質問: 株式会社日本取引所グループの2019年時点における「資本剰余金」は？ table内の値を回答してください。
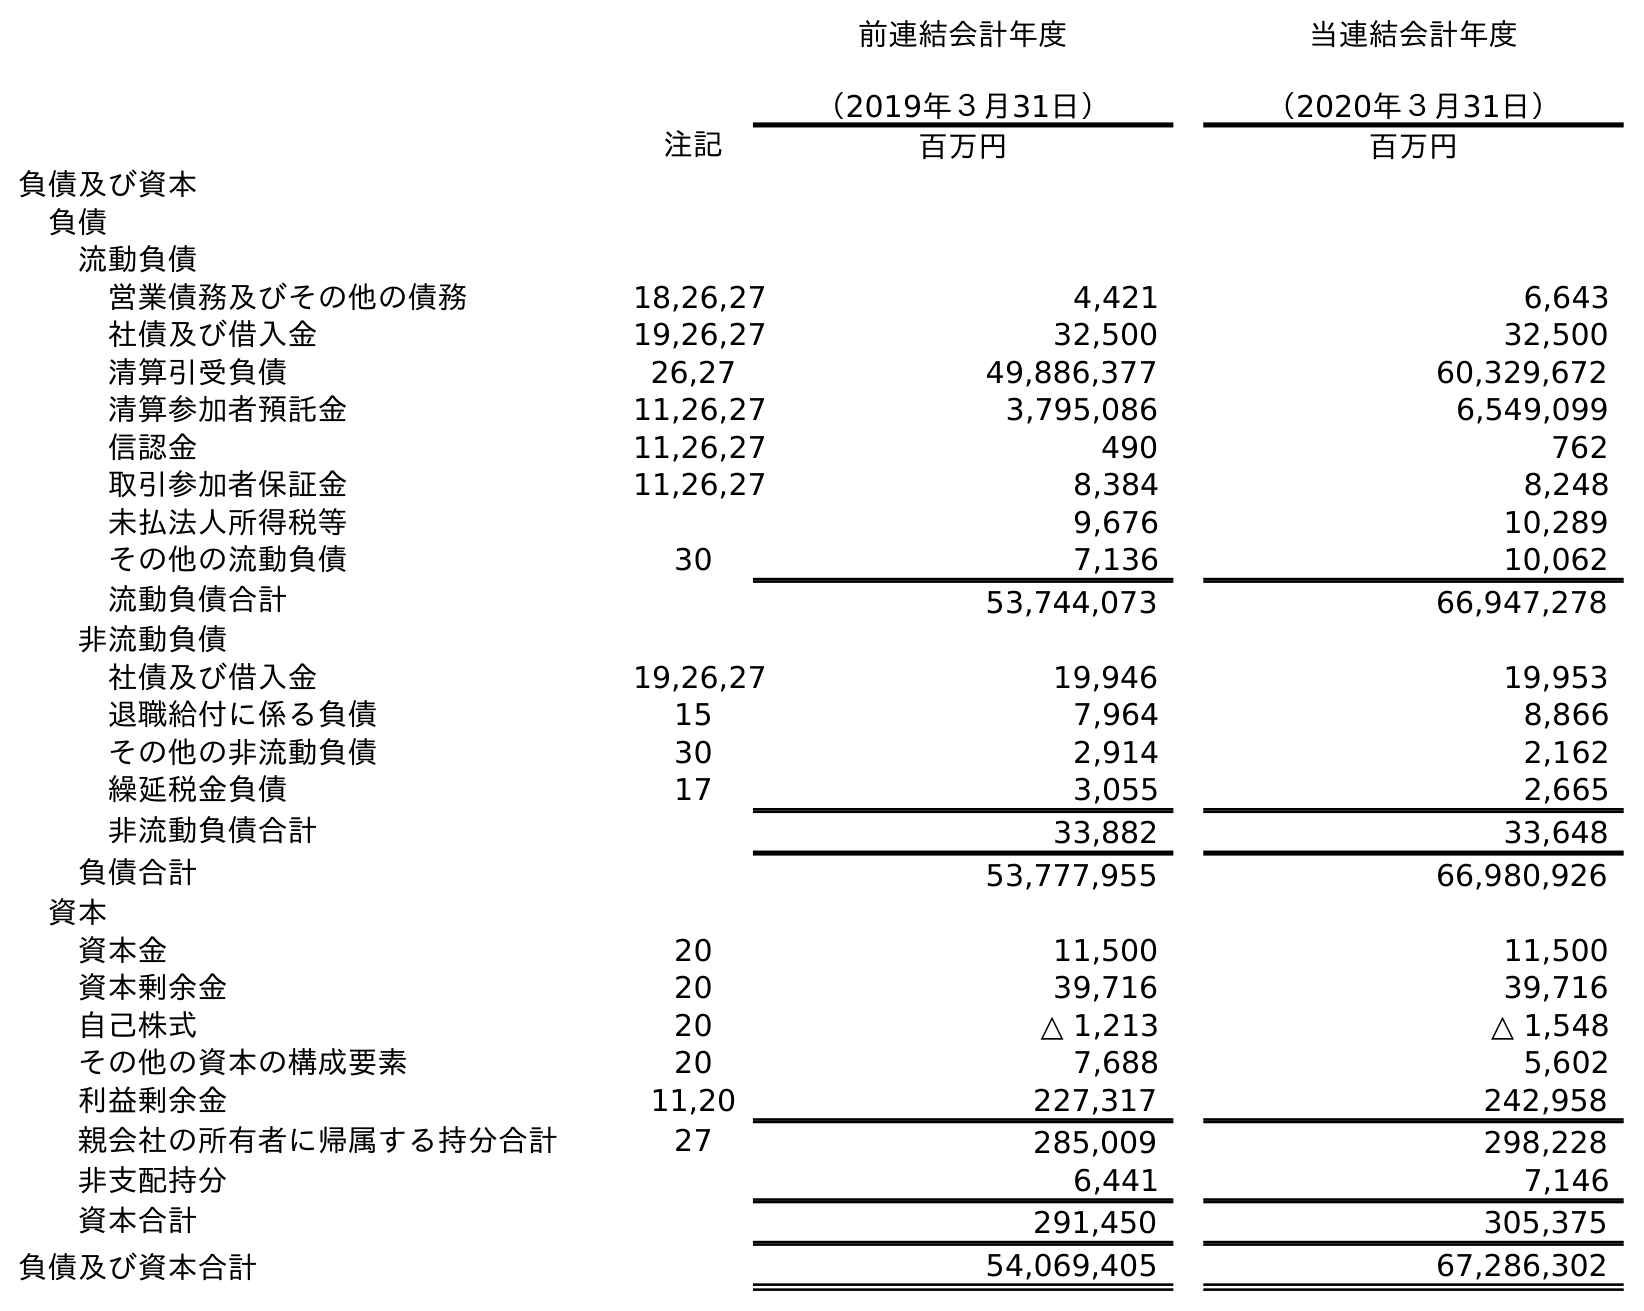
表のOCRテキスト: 前連結会計年度 （2019年３月31日） 当連結会計年度 （2020年３月31日） 注記 百万円 百万円 負債及び資本 負債 流動負債 営業債務及びその他の債務 18,26,27 4,421 6,643 社債及び借入金 19,26,27 32,500 32,500 清算引受負債 26,27 49,886,377 60,329,672 清算参加者預託金 11,26,27 3,795,086 6,549,099 信認金 11,26,27 490 762 取引参加者保証金 11,26,27 8,384 8,248 未払法人所得税等 9,676 10,289 その他の流動負債 30 7,136 10,062 流動負債合計 53,744,073 66,947,278 非流動負債 社債及び借入金 19,26,27 19,946 19,953 退職給付に係る負債 15 7,964 8,866 その他の非流動負債 30 2,914 2,162 繰延税金負債 17 3,055 2,665 非流動負債合計 33,882 33,648 負債合計 53,777,955 66,980,926 資本 資本金 20 11,500 11,500 資本剰余金 20 39,716 39,716 自己株式 20 △ 1,213 △ 1,548 その他の資本の構成要素 20 7,688 5,602 利益剰余金 11,20 227,317 242,958 親会社の所有者に帰属する持分合計 27 285,009 298,228 非支配持分 6,441 7,146 資本合計 291,450 305,375 負債及び資本合計 54,069,405 67,286,302
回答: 39,716